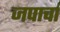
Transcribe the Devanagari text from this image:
जपाचां